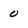
Character: 0